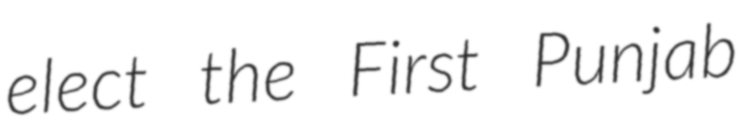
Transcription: elect the First Punjab